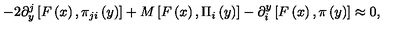
- 2 \partial _ { y } ^ { j } \left[ F \left( x \right) , \pi _ { j i } \left( y \right) \right] + M \left[ F \left( x \right) , \Pi _ { i } \left( y \right) \right] - \partial _ { i } ^ { y } \left[ F \left( x \right) , \pi \left( y \right) \right] \approx 0 ,